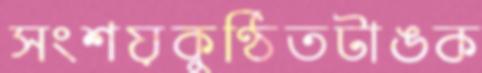
সংশয়কুণ্ঠিতটাঙক